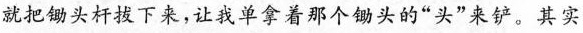
就把锄头杆拔下来，让我单拿着那个锄头的“头”来铲。其实